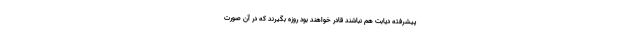
پیشرفته دیابت هم نباشند قادر خواهند بود روزه بگیرند که در آن صورت